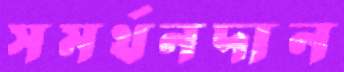
সমর্থনদান